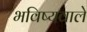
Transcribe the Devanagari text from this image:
भविष्यवाले